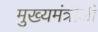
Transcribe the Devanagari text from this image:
मुख्यमंत्रीजी